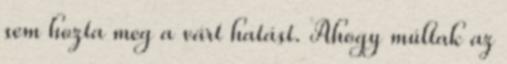
sem hozta meg a várt hatást. Ahogy múltak az